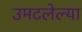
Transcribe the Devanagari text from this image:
उमटलेल्या